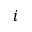
i